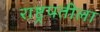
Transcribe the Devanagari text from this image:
राष्ट्रपतीला